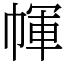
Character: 㡓